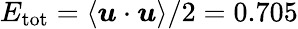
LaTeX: E_{\mathrm{tot}}=\langle\boldsymbol{u}\cdot\boldsymbol{u}\rangle/2=0.705